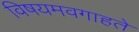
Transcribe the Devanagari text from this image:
विषयमवगाहते